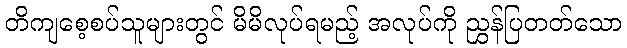
တိကျစေ့စပ်သူများတွင် မိမိလုပ်ရမည့် အလုပ်ကို ညွှန်ပြတတ်သော